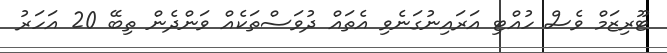
ޓޫރިޒަމް ވެސް ހުއްޓި އަރައިނުގަނެވި އެތައް ދުވަސްތަކެއް ވަންދެން ތިބޭ 20 އަހަރު